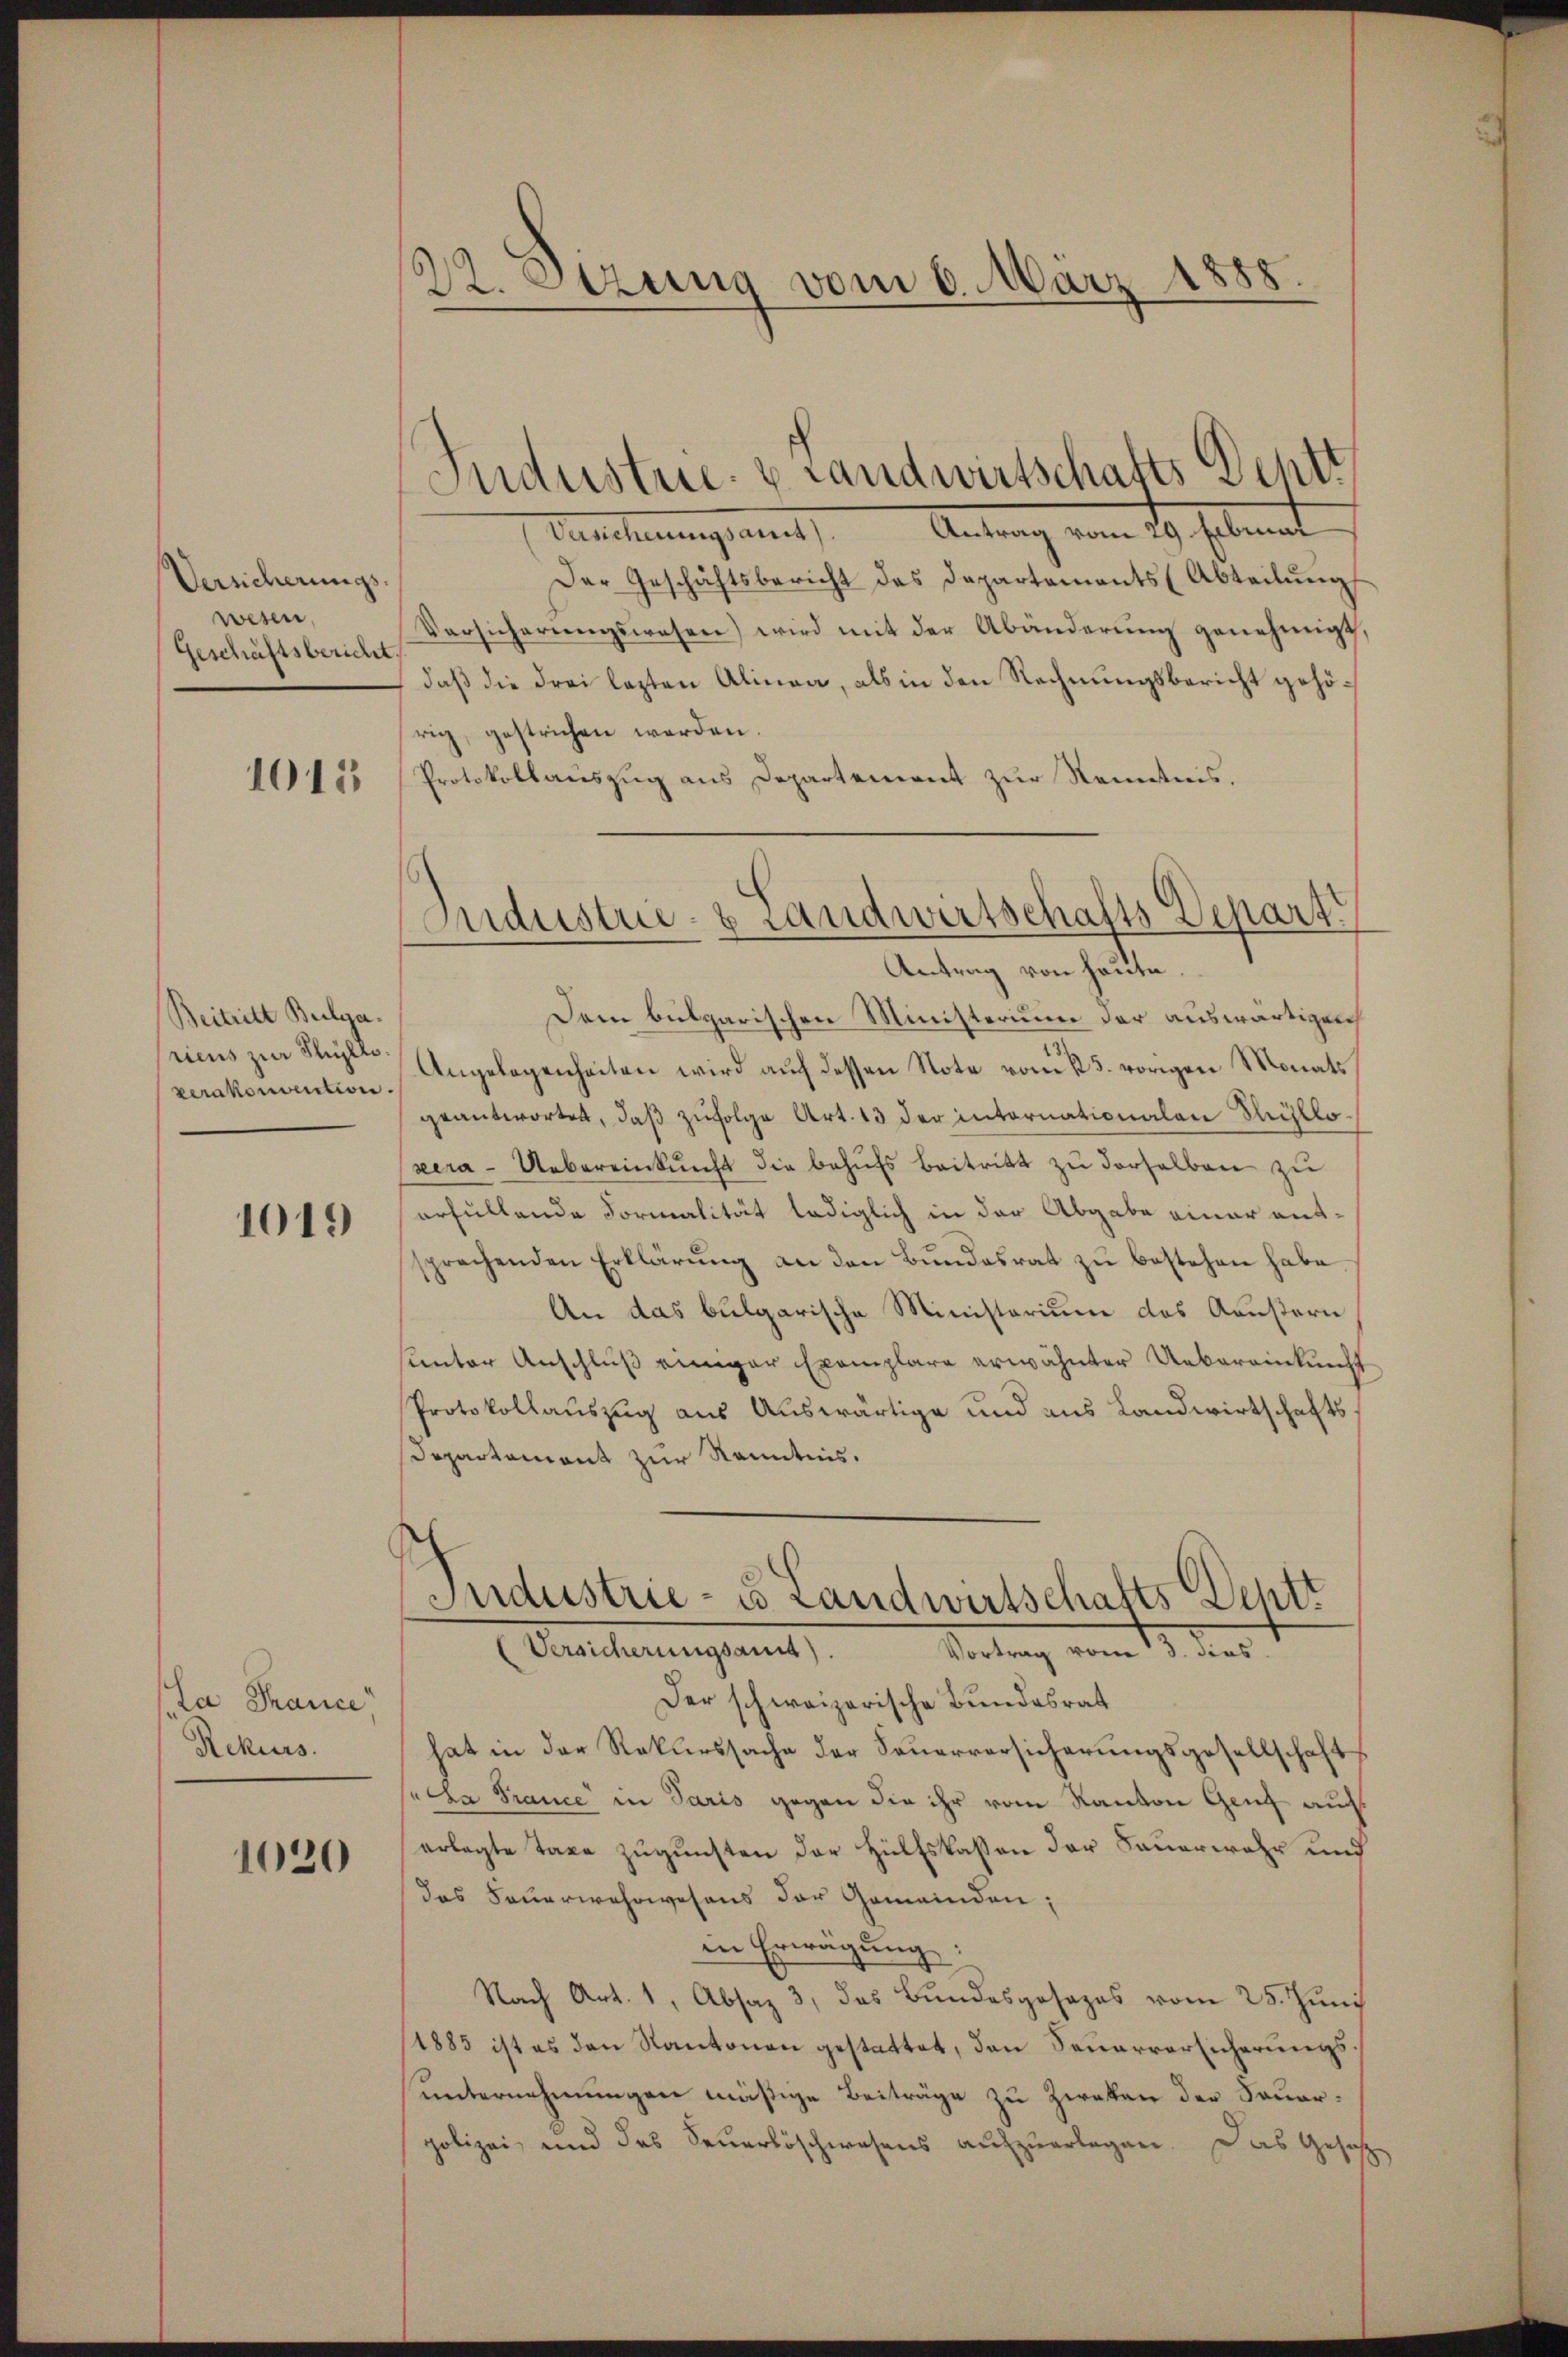
Versicherungs-
wesen,
Geschäftsbericht,

1015

Beitritt Bulga.
riens zur Stillo
verakonvention.

1019

Ca France
Rekurs.

1020

22. Sitzung vom 6. März 1888.

Antrag vom 29 Februar
Verstellerungsament,
Der Geschäftsbericht des Departements (Abteilŭng
Versicherungswesen) wird mit der Abänderung genehmigt,
daß die drei lezten Alinea, als in den Rechnungsbericht gehörig, gestrichen werden.
Protokollauszug aus Departement zur Kenntnis.
Dem bulgarischen Ministerium der auswärtigen
Angelegenheiten wird auf dessen Note von 5. vorigen Monats
geantwortet, daß zufolge Art. 13 der internationalen Süllo¬
(zera-Uebereinkunft die behŭfs Beitritt zu derselben zu
erfüllende Formalität lediglich in der Abgabe einer entsprechenden Erklärŭng an den Bŭndesrat zŭ bestehen habe
An das bulgarische Ministorium des Aeußern
sunter Anschluß einiger Exemplare erwähnter Uebereinkunft
Protokollauszug aus Auswärtige und aus Landwirtschafts
Departament zur Kenntnis.
Industrie - es Landwirtschafts Deptt
(Versicherungsamt
Vortrag vom 3. dies
Der schweizerische Bundesrat
hat in der Rekurssache der Feuerversicherungsgesellschaft
Jucha France in Paris gegen die ihr vom Kanton Genf auf
erlegte Taxe zugunsten der Hülfskassen der Sauerwahr und
das Feuerwehrwesens der Gemeinden;
in Erwägung:
Nach Art. 1, Absaz 3, das Bŭndesgesages vom 25. Jŭni
1883 ist es den Kantonen gestattet, den Seuerversicherungsunternehmungen mäßige Beiträge zu Zweken der Feuerpolizei und das Feuerlöschwesens aufzuerlegen. Das Gesetz

Industrie- & Landwirtschafts Deptt

Industrie- & Landwirtschafts Depart
Antrag von heute.